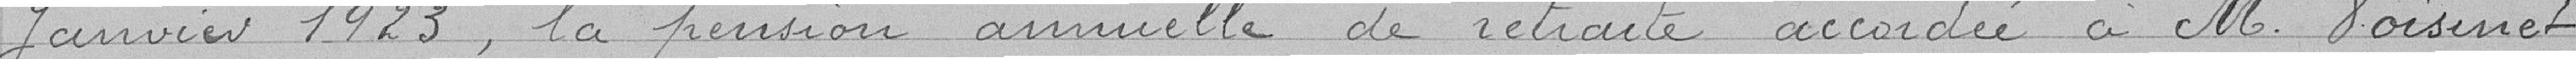
Janvier 1923, la pension annuelle de retraite accordé à M. Voisinet